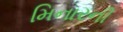
મિનારની